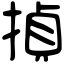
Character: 揁